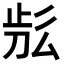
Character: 𣥬